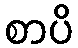
စာပိ